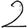
Digit: 2